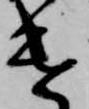
遣